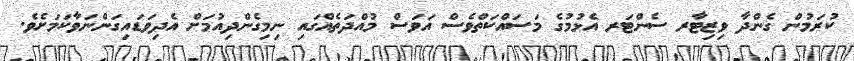
ކުރަމުން ގެންދާ ވިޒިޓާރ ސެންޓަރ އެޅުމުގެ މަސައްކަތްވެސް އަވަސް މުއްދަތެއްގައި ނިމިގެންދިއުމަށް އެދިވަޑައިގަންނަވާކަމަށެވެ.